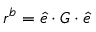
\boldsymbol { r } ^ { b } = \boldsymbol { \hat { e } } \cdot \boldsymbol { G } \cdot \boldsymbol { \hat { e } }